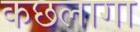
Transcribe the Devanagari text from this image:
कछलागा